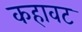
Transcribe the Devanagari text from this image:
कहावट